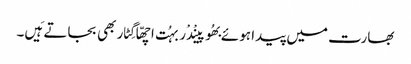
بھارت میں پیدا ہوئے بھُوپینْدْر بہُت اچھّا گِٹار بھی بجاتے ہَیں۔